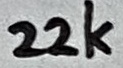
Text: 22k